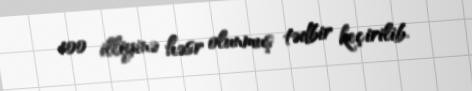
100 illiyinə həsr olunmuş tədbir keçirilib.